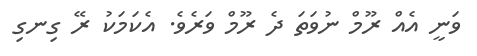
ވަނީ އެއް ރޫމް ނުވަތަ ދެ ރޫމް ވަރެވެ. އެކަމަކު ރޭ ގިނގި